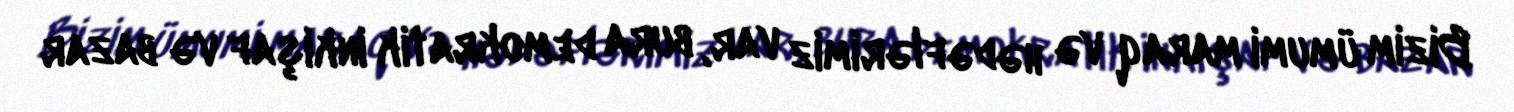
Bizim ümumi maraq və hədəflərimiz var, bura demokratik inkişaf və bazar